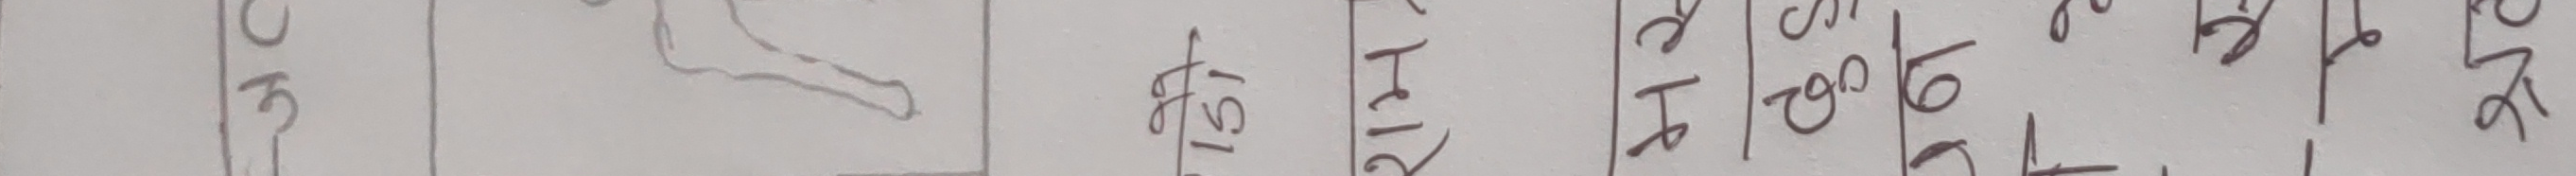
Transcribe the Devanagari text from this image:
३० २।  १५।  ८। ६। ये